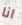
انا